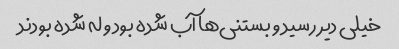
خیلی دیر رسید و بستنی‌ها آب شده بود و له شده بودند